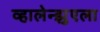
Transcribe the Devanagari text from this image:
व्हालेन्झुएला